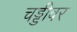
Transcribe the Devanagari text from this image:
चड्डीवर